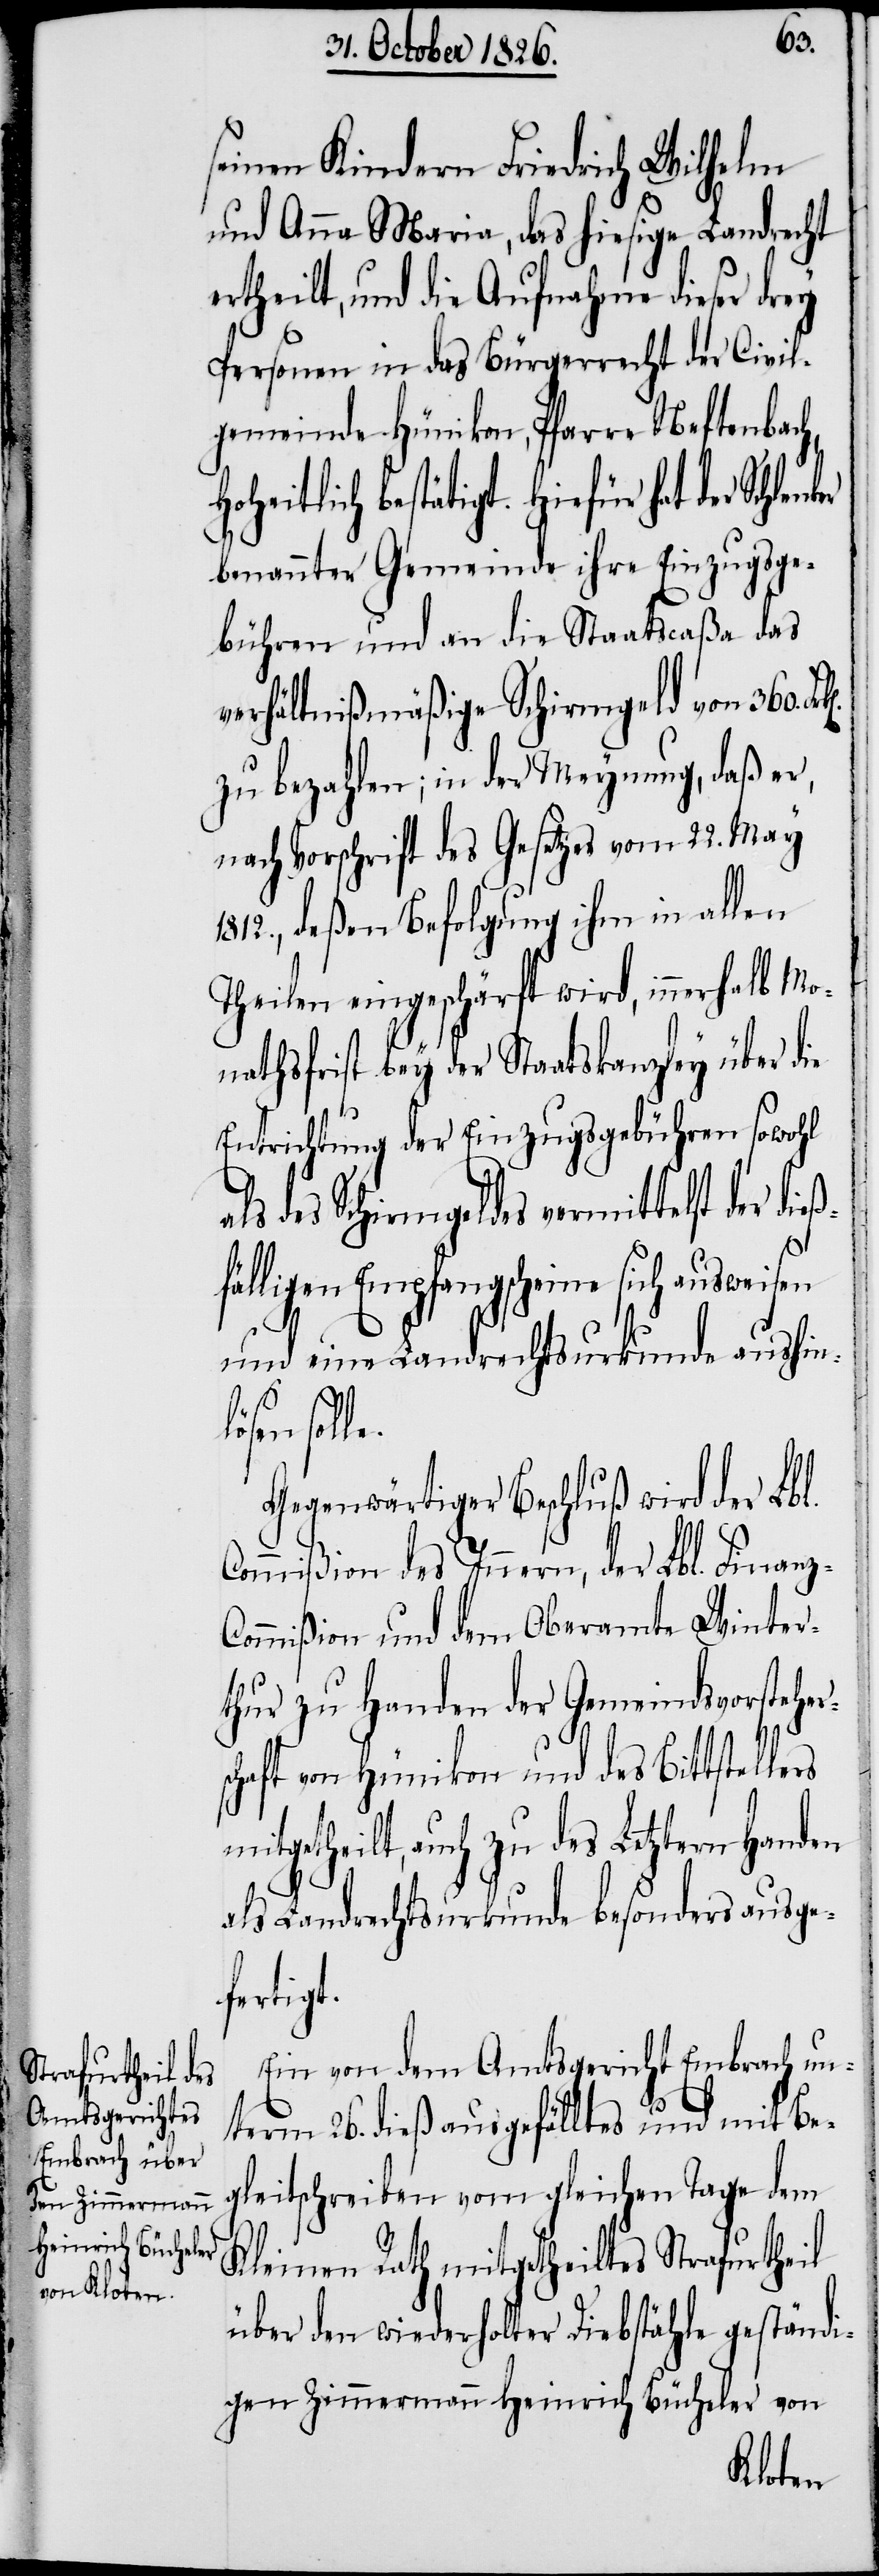
z-C¬
seinen Kindern Friedrich Wilhelm
und Anna Maria, das hiesige Landrecht
ertheilt, und die Aufnahme dieser drey
Personen in das Bürgerrecht der Civil¬
gemeinde Hünikon, Pfarre Neftenbac¬
für hat der Schlenker
benannter Gemeinde ihre Einzugsge¬
bühren und an die Staatscaßa das
verhältnißmäßige Schirmgeld von 360.
zu bezahlen; in der Meynung, daß er
nach Vorschrift des Gesetzes vom 22. May
1812., deßen Befolgung ihm in allen
Theilen eingeschärft wird, innerhalb Mo¬
nathsfrist bey der Staatskanzley über die
Entrichtung der Einzugsgebühren sowohl
als des Schirmgeldes vermittelst der di¬
mit¬
fälligen Empfangscheine sich ausweisen
und eine Landrechtsurkunde aushin¬
Gegenwärtiger Beschluß wird der Lbl.
Commißion des Innern, der Lbl. Finan¬
ommißion und dem Oberamt Winter¬
thur zu Handen der Gemeindsvorsteher¬
schaft von Hünikon und des Bittstellers
getheilt, auch zu des Letztern Handen
als Landrechtsurkunde besonders ausge¬
fertigt.
Ein von dem Amtsgericht Embrach un¬
term 26. dieß ausgefälltes und mit Be¬
gleitschreiben vom gleichen Tage dem
Kleinen Rath mitgetheiltes Strafurtheil
über den wiederholter Diebstähle geständi¬
gen Zimmermann Heinrich Bücheler von
lösen